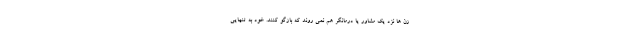
زن ها نزد یک مشاور یا درمانگر هم نمی روند که بازگو کنند. خود به تنهایی